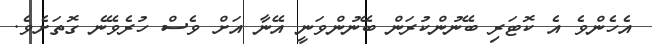
އެހެންވެ އެ ކޮޓަރި ބޭނުންކުރަން ބޭނުންވަނީ އޭނާ އަށް ވެސް ހުރެވޭނެ ގޮތަށެވެ.